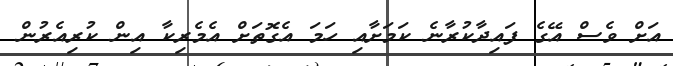
އަށް ވެސް އޭގެ ފައިދާކުރާނެ ކަމަށާއި ހަމަ އެގޮތަށް އެމެރިކާ އިން ކުރިއެރުން